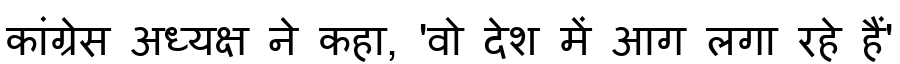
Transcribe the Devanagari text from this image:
कांग्रेस अध्यक्ष ने कहा, 'वो देश में आग लगा रहे हैं'